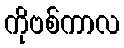
ကိုဗစ်ကာလ